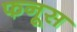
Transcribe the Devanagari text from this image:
फनूस